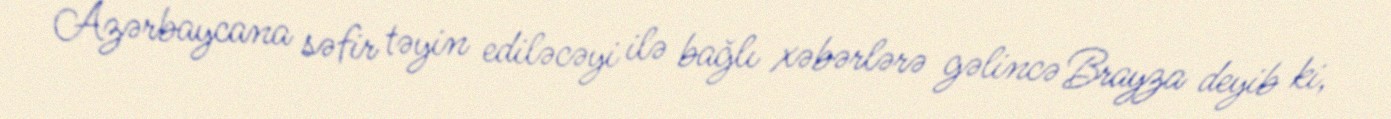
Azərbaycana səfir təyin ediləcəyi ilə bağlı xəbərlərə gəlincə Brayza deyib ki,